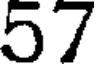
57